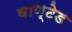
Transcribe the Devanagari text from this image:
वाण्टेड